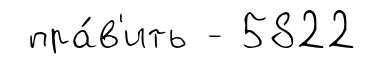
пра́в'ить - 5822